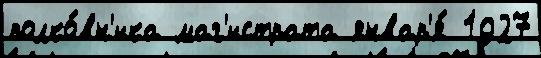
полко́вн'ика маг'истрата январ'я́ 1927